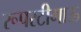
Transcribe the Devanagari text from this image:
रूपरटीगाऊ